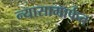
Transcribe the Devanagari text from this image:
न्यासामार्फत